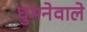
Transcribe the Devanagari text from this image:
घुमनेवाले